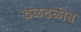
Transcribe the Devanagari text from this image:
ढळढळीत